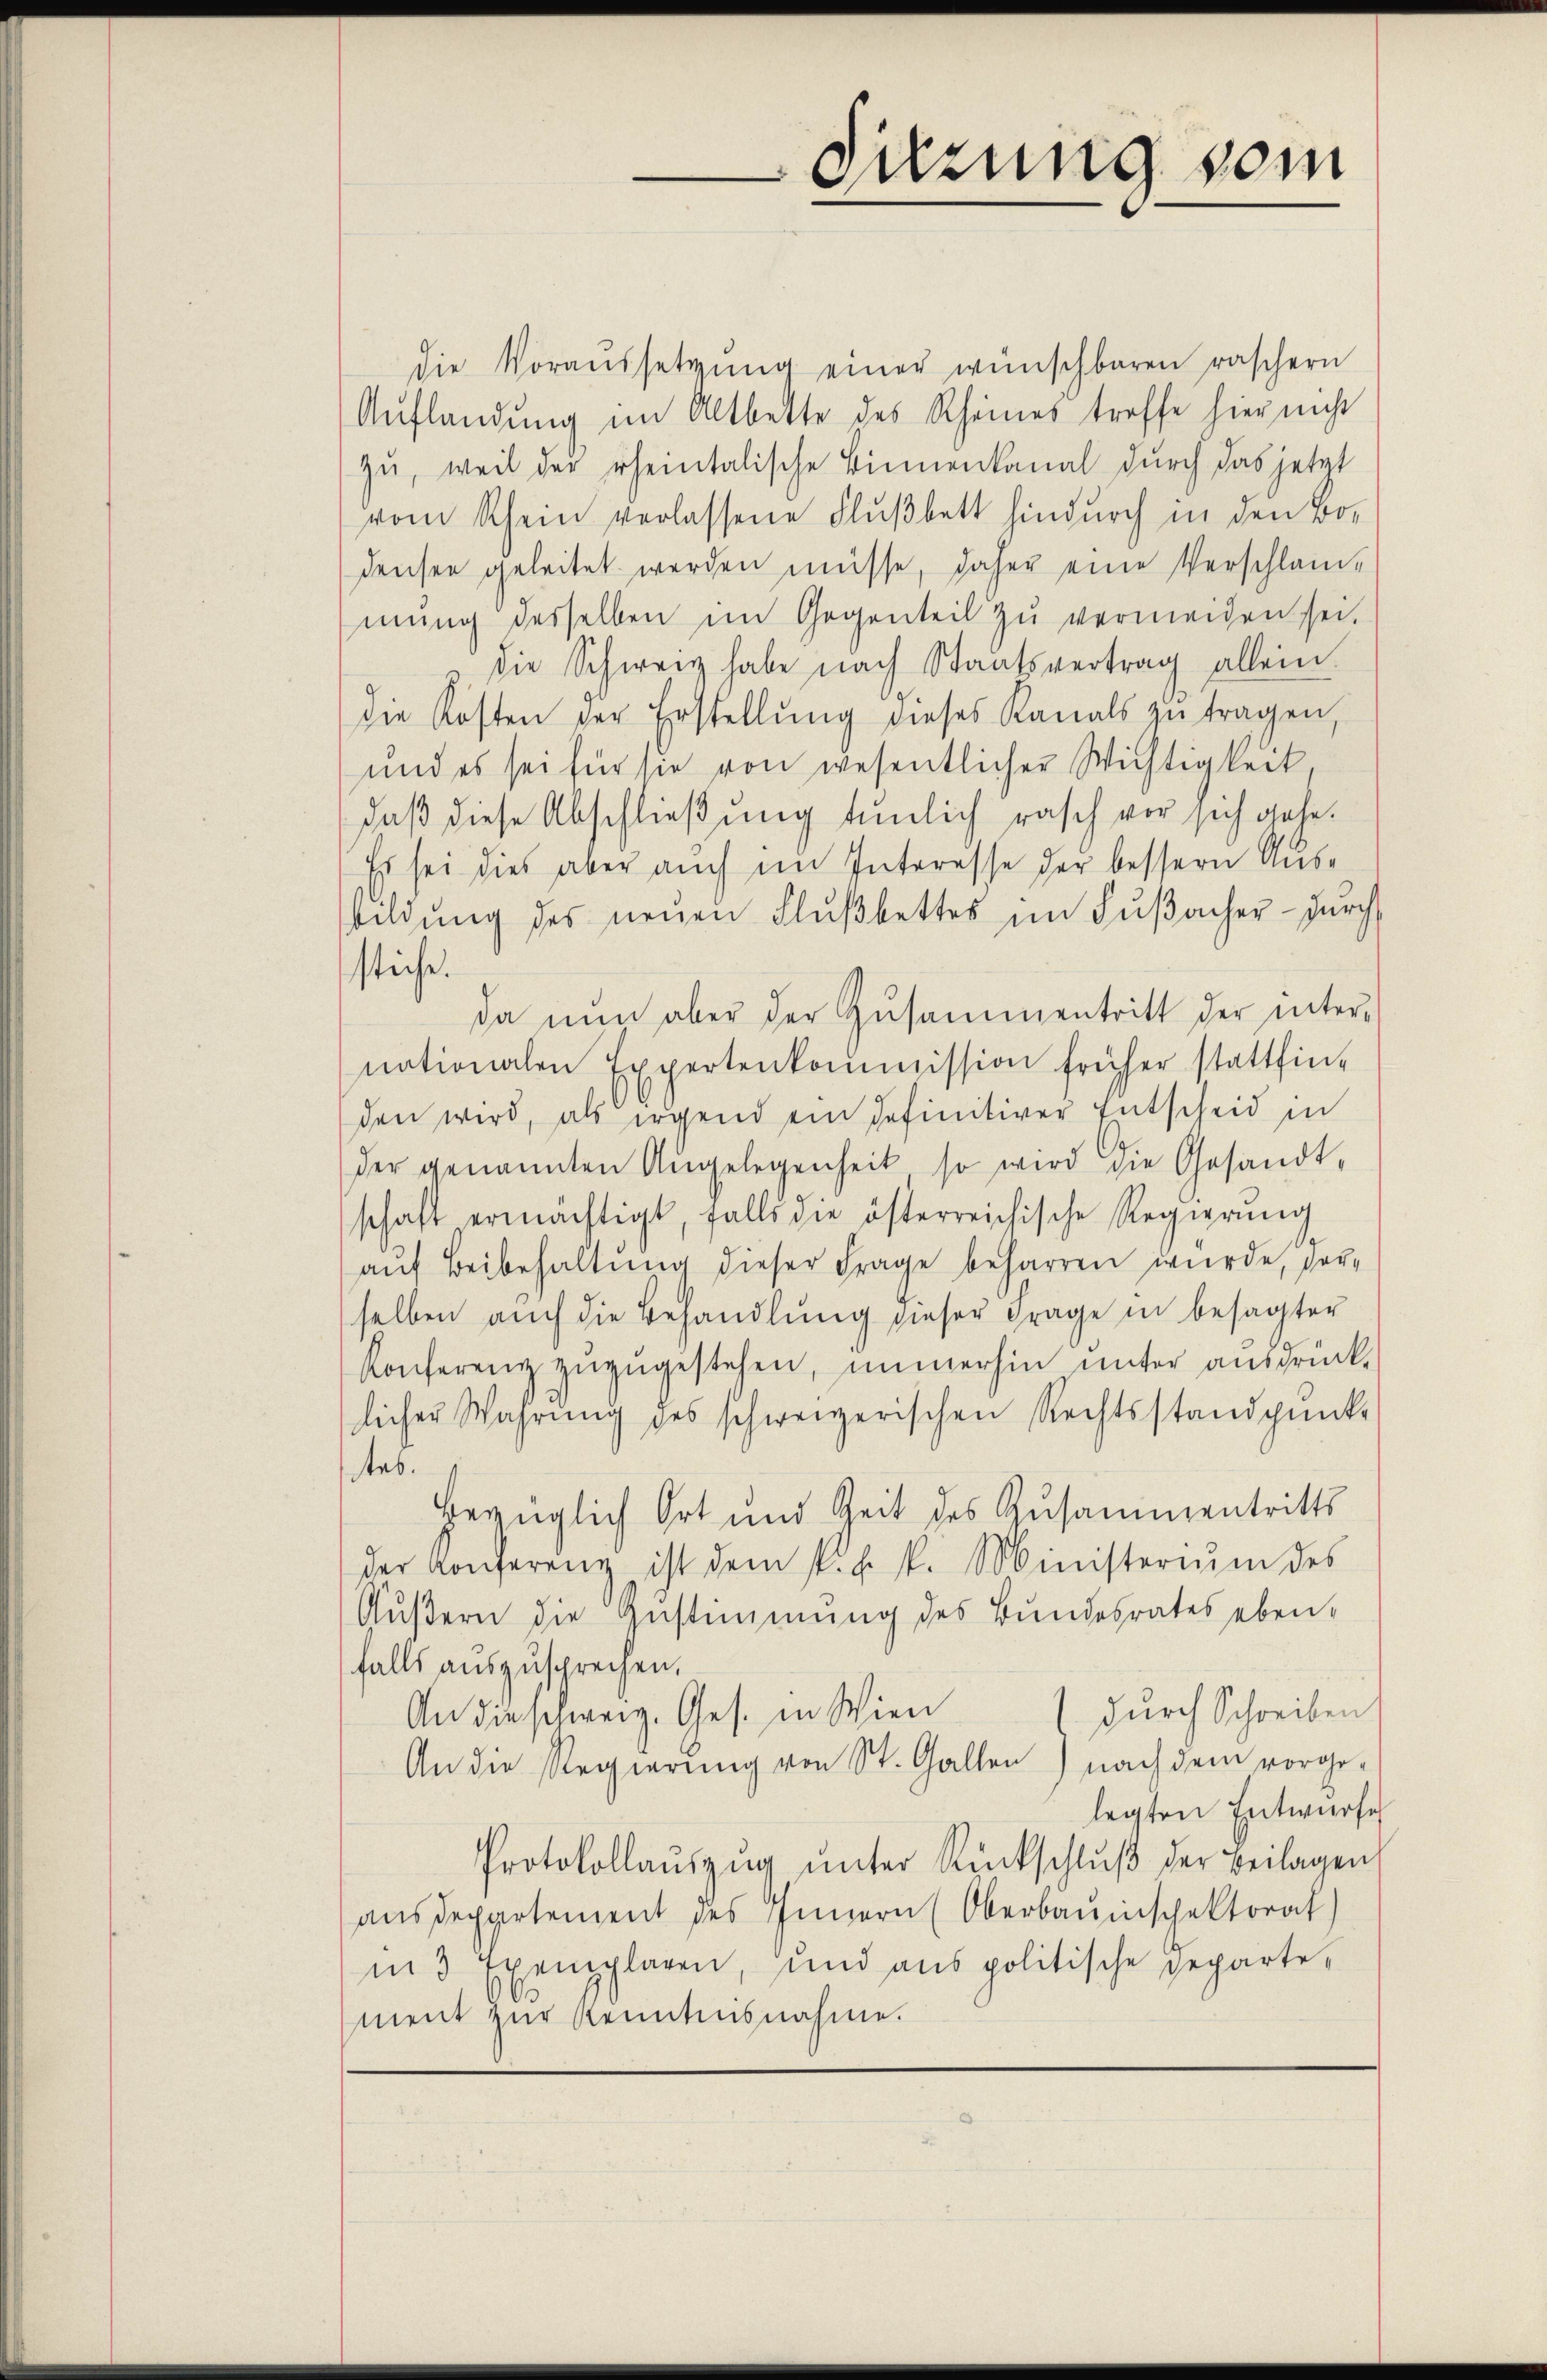
die Voraussetzŭng einer wünschbaren raschern
Aŭflandung im Altbette des Rheines treffe hier nicht
zu, weil der rheintalische Binnenkanal durch das jetzt
vom Rhein verlassene Flußbett hindurch in den Bo-
densen geleitet werden müsse, daher eine Verschlam-
mŭng desselben im Gegenteil zŭ vermeiden sei.
die Schweiz habe nach Staatsvertrag allein.
die Kosten der Erstellŭng dieses Kanals zŭ tragen,
und es sei für sie von wesentlicher Wichtigkeit.
daß diese Abschließung tunlich rasch vor sich gehe.
Es sei dies aber auch im Interesse der bessern Ausbildŭng des neuen Flŭβbettes im Fŭβacher durch
stiche.
da nun aber der Zusammentritt der inter-
nationalen Expertenkommission früher stattfin-
den wird, als irgend ein definitiver Entscheid in
der genannten Angelegenheit so wird die Gesandt-
schaft ermächtigt, falls die österreichische Regierŭng
aŭf Beibehaltung dieser Frage beharren wurde, vorselben auch die Behandlung dieser Frage in besagter
Konferenz zuzugestehen, immerhin unter ausdrücklicher Wahrung des schweizerischen Rechtsstandpunk
tes.
bezüglich Ort und Zeit des Zusammentritts
der Konferenz ist dem k. k. k. Ministerium des
Äußern die Gestimmung des Bundesrates eben-
falls auszusprechen.
durch Schreiben
An die schweiz. Ges. in Wien
An die Regierung von St. Gallen) nach dem vorgelegten Entwurfe
Protokollaŭszŭg ŭnter Rückschlŭβ der Beilagen
ausdepartement des Innern (Oberbauinschaktorat
in 3 Exemplaren, und aus politische geparte-
ment zur Kenntnisnahme.

Sitzung vom